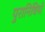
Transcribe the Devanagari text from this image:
पुरानिधियों